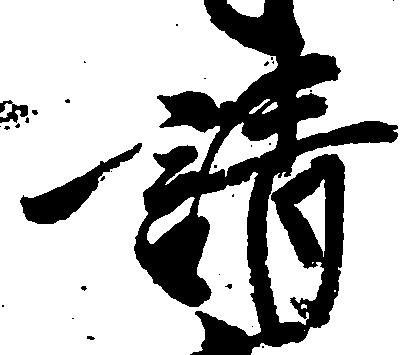
請